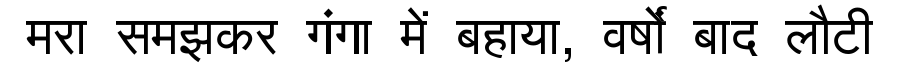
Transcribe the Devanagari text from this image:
मरा समझकर गंगा में बहाया, वर्षों बाद लौटी